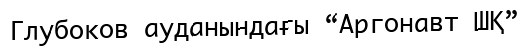
Глубоков ауданындағы “Аргонавт ШҚ”